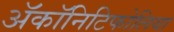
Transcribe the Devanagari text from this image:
ॲकॉनिटिफोलिया